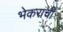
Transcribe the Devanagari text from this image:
भेकराची